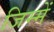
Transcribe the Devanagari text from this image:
जिम्‍में